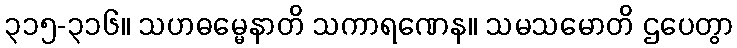
၃၁၅-၃၁၆။ သဟဓမ္မေနာတိ သကာရဏေန။ သမသမောတိ ဌပေတွာ